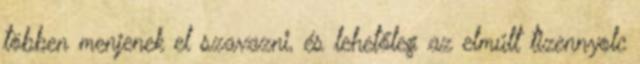
többen menjenek el szavazni, és lehetőleg az elmúlt tizennyolc